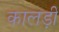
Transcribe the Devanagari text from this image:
कालड़ी